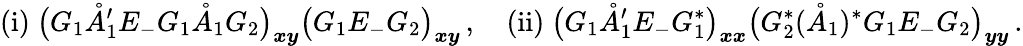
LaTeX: \mathrm{(i)}\ \big(G_{1}\mathring{A}_{1}^{\prime}E_{-}G_{1}\mathring{A}_{1}G_{2}\big)_{\boldsymbol{x}\boldsymbol{y}}\big(G_{1}E_{-}G_{2}\big)_{\boldsymbol{x}\boldsymbol{y}}\, ,\quad\mathrm{(ii)}\ \big(G_{1}\mathring{A}_{1}^{\prime}E_{-}G_{1}^{*}\big)_{\boldsymbol{x}\boldsymbol{x}}\big(G_{2}^{*}(\mathring{A}_{1})^{*}G_{1}E_{-}G_{2}\big)_{\boldsymbol{y}\boldsymbol{y}}\, .